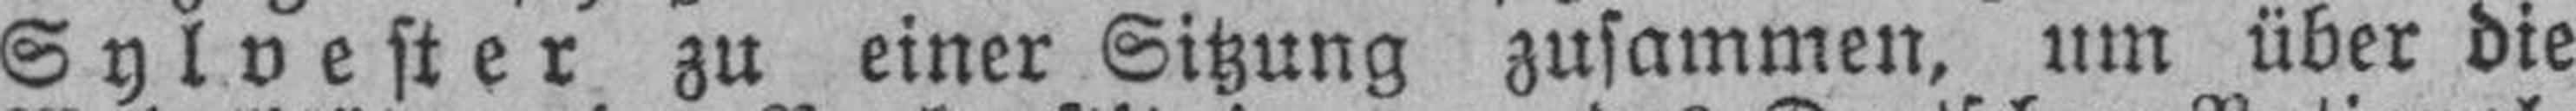
Sylvester zu einer Sitzung zusammen, um über die